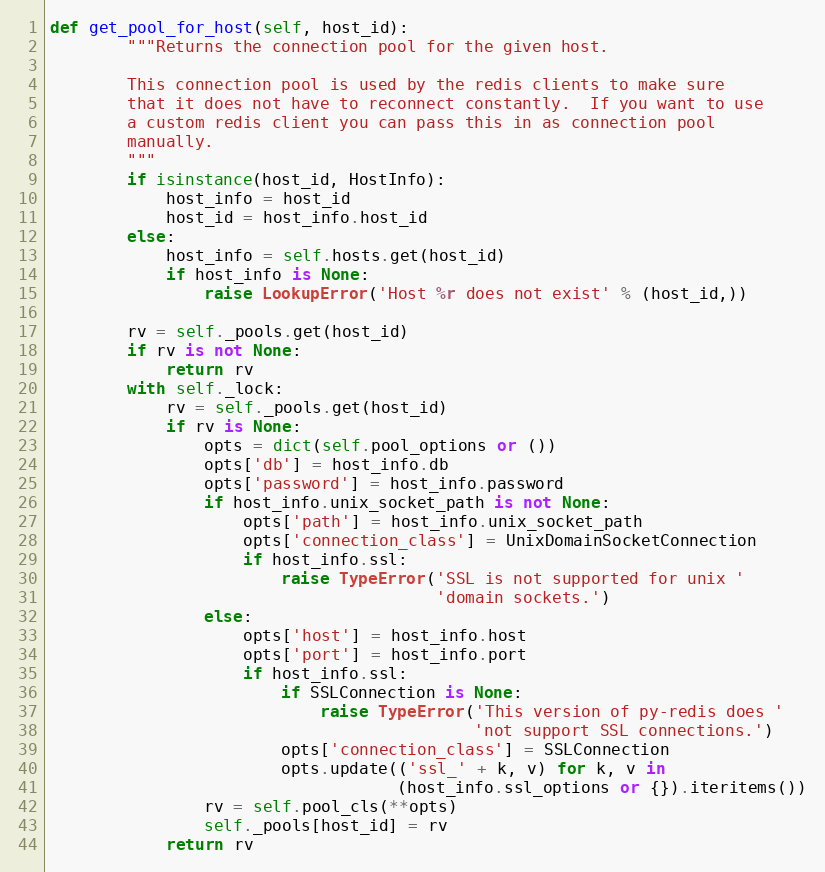
Language: Python
def get_pool_for_host(self, host_id):
        """Returns the connection pool for the given host.

        This connection pool is used by the redis clients to make sure
        that it does not have to reconnect constantly.  If you want to use
        a custom redis client you can pass this in as connection pool
        manually.
        """
        if isinstance(host_id, HostInfo):
            host_info = host_id
            host_id = host_info.host_id
        else:
            host_info = self.hosts.get(host_id)
            if host_info is None:
                raise LookupError('Host %r does not exist' % (host_id,))

        rv = self._pools.get(host_id)
        if rv is not None:
            return rv
        with self._lock:
            rv = self._pools.get(host_id)
            if rv is None:
                opts = dict(self.pool_options or ())
                opts['db'] = host_info.db
                opts['password'] = host_info.password
                if host_info.unix_socket_path is not None:
                    opts['path'] = host_info.unix_socket_path
                    opts['connection_class'] = UnixDomainSocketConnection
                    if host_info.ssl:
                        raise TypeError('SSL is not supported for unix '
                                        'domain sockets.')
                else:
                    opts['host'] = host_info.host
                    opts['port'] = host_info.port
                    if host_info.ssl:
                        if SSLConnection is None:
                            raise TypeError('This version of py-redis does '
                                            'not support SSL connections.')
                        opts['connection_class'] = SSLConnection
                        opts.update(('ssl_' + k, v) for k, v in
                                    (host_info.ssl_options or {}).iteritems())
                rv = self.pool_cls(**opts)
                self._pools[host_id] = rv
            return rv